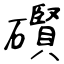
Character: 礥